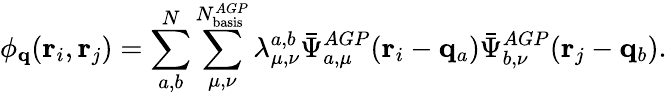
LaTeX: \phi_{\mathbf{q}}(\mathbf{r}_{i},\mathbf{r}_{j})=\sum_{a,b}^{N}\sum_{\mu,\nu}^{N_{\mathrm{basis}}^{AGP}}\lambda_{\mu,\nu}^{a,b}\bar{\Psi}_{a,\mu}^{AGP}(\mathbf{r}_{i}-\mathbf{q}_{a})\bar{\Psi}_{b,\nu}^{AGP}(\mathbf{r}_{j}-\mathbf{q}_{b}).